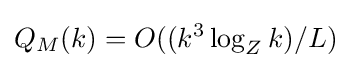
Q_{M}(k)=O((k^{3}\log _{Z}k)/L)